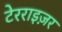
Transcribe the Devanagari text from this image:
टेरराइज़र